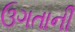
ઉગતાની